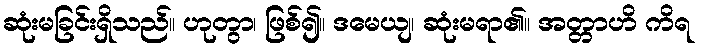
ဆုံးမခြင်းရှိသည်။ ဟုတွာ၊ ဖြစ်၍။ ဒမေယျ၊ ဆုံးမရာ၏။ အတ္တာဟိ ကိရ